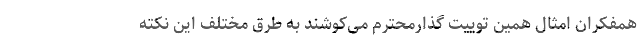
همفکران امثال همین توییت گذارمحترم می‌کوشند به طرق مختلف این نکته